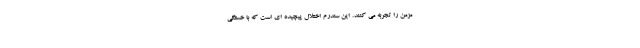
مزمن را تجربه می کنند. این سندرم اختلال پیچیده ای است که با خستگی